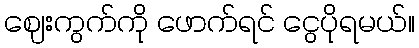
ဈေးကွက်ကို ဖောက်ရင် ငွေပိုရမယ်။